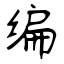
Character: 编